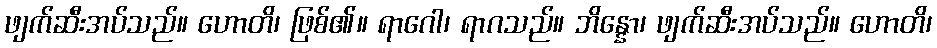
ဖျက်ဆီးအပ်သည်။ ဟောတိ၊ ဖြစ်၏။ ရာဂေါ၊ ရာဂသည်။ ဘိန္နော၊ ဖျက်ဆီးအပ်သည်။ ဟောတိ၊